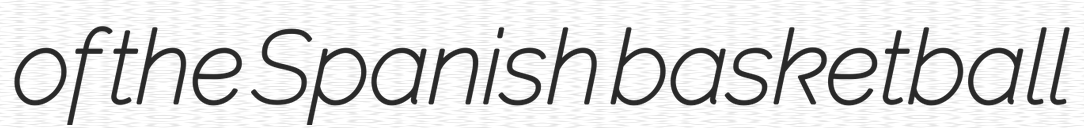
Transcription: of the Spanish basketball